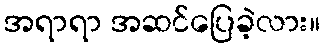
အရာရာ အဆင်ပြေခဲ့လား။